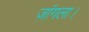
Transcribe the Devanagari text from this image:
ज़ांगला।